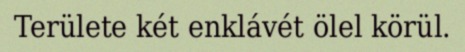
Területe két enklávét ölel körül.